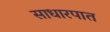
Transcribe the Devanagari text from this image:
साधारपात